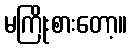
မကြိုးစားတော့။